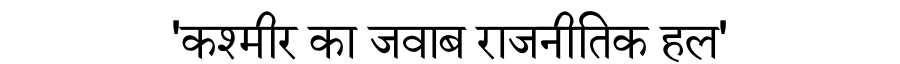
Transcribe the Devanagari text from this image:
'कश्मीर का जवाब राजनीतिक हल'